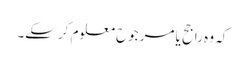
کہ وہ راجح یا مرجوح معلوم کرسکے۔